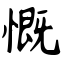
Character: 慨